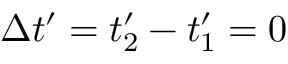
\Delta t ^ { \prime } = t _ { 2 } ^ { \prime } - t _ { 1 } ^ { \prime } = 0